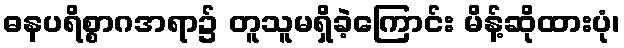
ဓနပရိစ္စာဂအရာ၌ တူသူမရှိခဲ့ကြောင်း မိန့်ဆိုထားပုံ၊